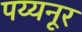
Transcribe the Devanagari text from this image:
पय्यनूर